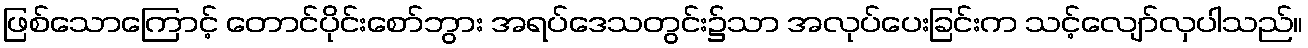
ဖြစ်သောကြောင့် တောင်ပိုင်းစော်ဘွား အရပ်ဒေသတွင်း၌သာ အလုပ်ပေးခြင်းက သင့်လျော်လှပါသည်။